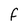
Character: F